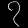
Digit: ၇